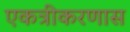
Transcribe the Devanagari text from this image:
एकत्रीकरणास